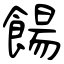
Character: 餳